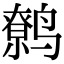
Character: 鹩